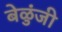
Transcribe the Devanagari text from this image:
बेळुंजी